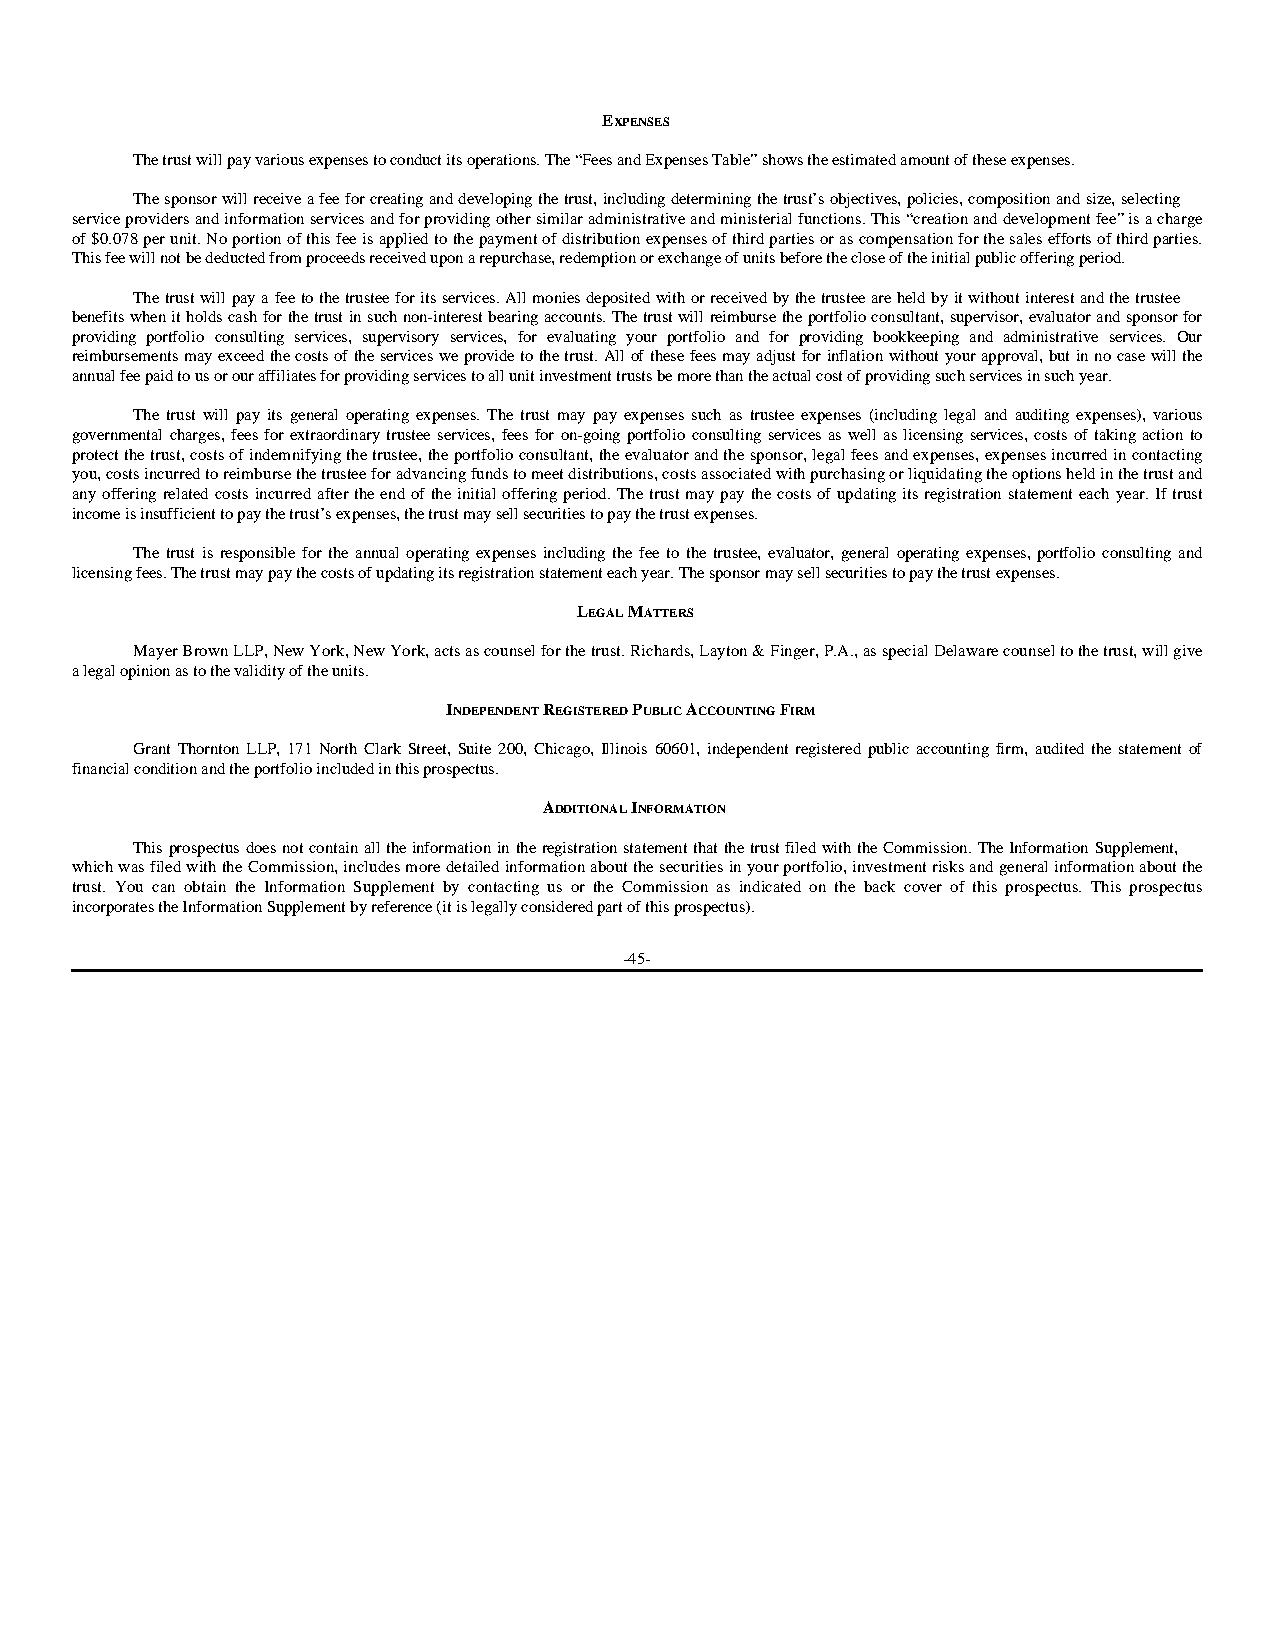
EXPENSES
 The trust will pay various expenses to conduct its operations. The “Fees and Expenses Table” shows the estimated amount of these expenses.
 The sponsor will receive a fee for creating and developing the trust, including determining the trust’s objectives, policies, composition and size, selecting
 service providers and information services and for providing other similar administrative and ministerial functions. This “creation and development fee” is a charge
 of $0.078 per unit. No portion of this fee is applied to the payment of distribution expenses of third parties or as compensation for the sales efforts of third parties.
 This fee will not be deducted from proceeds received upon a repurchase, redemption or exchange of units before the close of the initial public offering period.
 The trust will pay a fee to the trustee for its services. All monies deposited with or received by the trustee are held by it without interest and the trustee
 benefits when it holds cash for the trust in such non-interest bearing accounts. The trust will reimburse the portfolio consultant, supervisor, evaluator and sponsor for
 providing portfolio consulting services, supervisory services, for evaluating your portfolio and for providing bookkeeping and administrative services. Our
 reimbursements may exceed the costs of the services we provide to the trust. All of these fees may adjust for inflation without your approval, but in no case will the
 annual fee paid to us or our affiliates for providing services to all unit investment trusts be more than the actual cost of providing such services in such year.
 The trust will pay its general operating expenses. The trust may pay expenses such as trustee expenses (including legal and auditing expenses), various
 governmental charges, fees for extraordinary trustee services, fees for on-going portfolio consulting services as well as licensing services, costs of taking action to
 protect the trust, costs of indemnifying the trustee, the portfolio consultant, the evaluator and the sponsor, legal fees and expenses, expenses incurred in contacting
 you, costs incurred to reimburse the trustee for advancing funds to meet distributions, costs associated with purchasing or liquidating the options held in the trust and
 any offering related costs incurred after the end of the initial offering period. The trust may pay the costs of updating its registration statement each year. If trust
 income is insufficient to pay the trust’s expenses, the trust may sell securities to pay the trust expenses.
 The trust is responsible for the annual operating expenses including the fee to the trustee, evaluator, general operating expenses, portfolio consulting and
 licensing fees. The trust may pay the costs of updating its registration statement each year. The sponsor may sell securities to pay the trust expenses.
 LEGAL MATTERS
 Mayer Brown LLP, New York, New York, acts as counsel for the trust. Richards, Layton & Finger, P.A., as special Delaware counsel to the trust, will give
 a legal opinion as to the validity of the units.
 INDEPENDENT REGISTERED PUBLIC ACCOUNTING FIRM
 Grant Thornton LLP, 171 North Clark Street, Suite 200, Chicago, Illinois 60601, independent registered public accounting firm, audited the statement of
 financial condition and the portfolio included in this prospectus.
 ADDITIONAL INFORMATION
 This prospectus does not contain all the information in the registration statement that the trust filed with the Commission. The Information Supplement,
 which was filed with the Commission, includes more detailed information about the securities in your portfolio, investment risks and general information about the
 trust. You can obtain the Information Supplement by contacting us or the Commission as indicated on the back cover of this prospectus. This prospectus
 incorporates the Information Supplement by reference (it is legally considered part of this prospectus).
 -45-